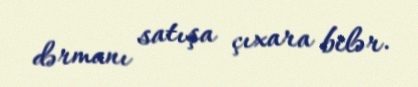
dərmanı satışa çıxara bilər.